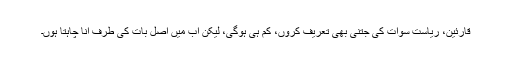
قارئین، ریاستِ سوات کی جتنی بھی تعریف کروں، کم ہی ہوگی، لیکن اب مَیں اصل بات کی طرف آنا چاہتا ہوں۔